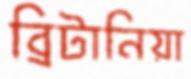
ব্রিটানিয়া